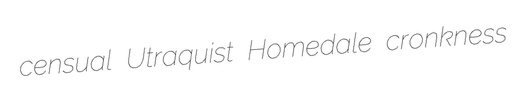
censual Utraquist Homedale cronkness